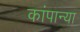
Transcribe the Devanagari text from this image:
कांपान्या